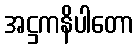
အဋ္ဌကနိပါတော